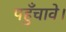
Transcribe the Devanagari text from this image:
पहुँचावे।